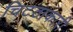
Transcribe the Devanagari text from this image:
चिटठाकारी